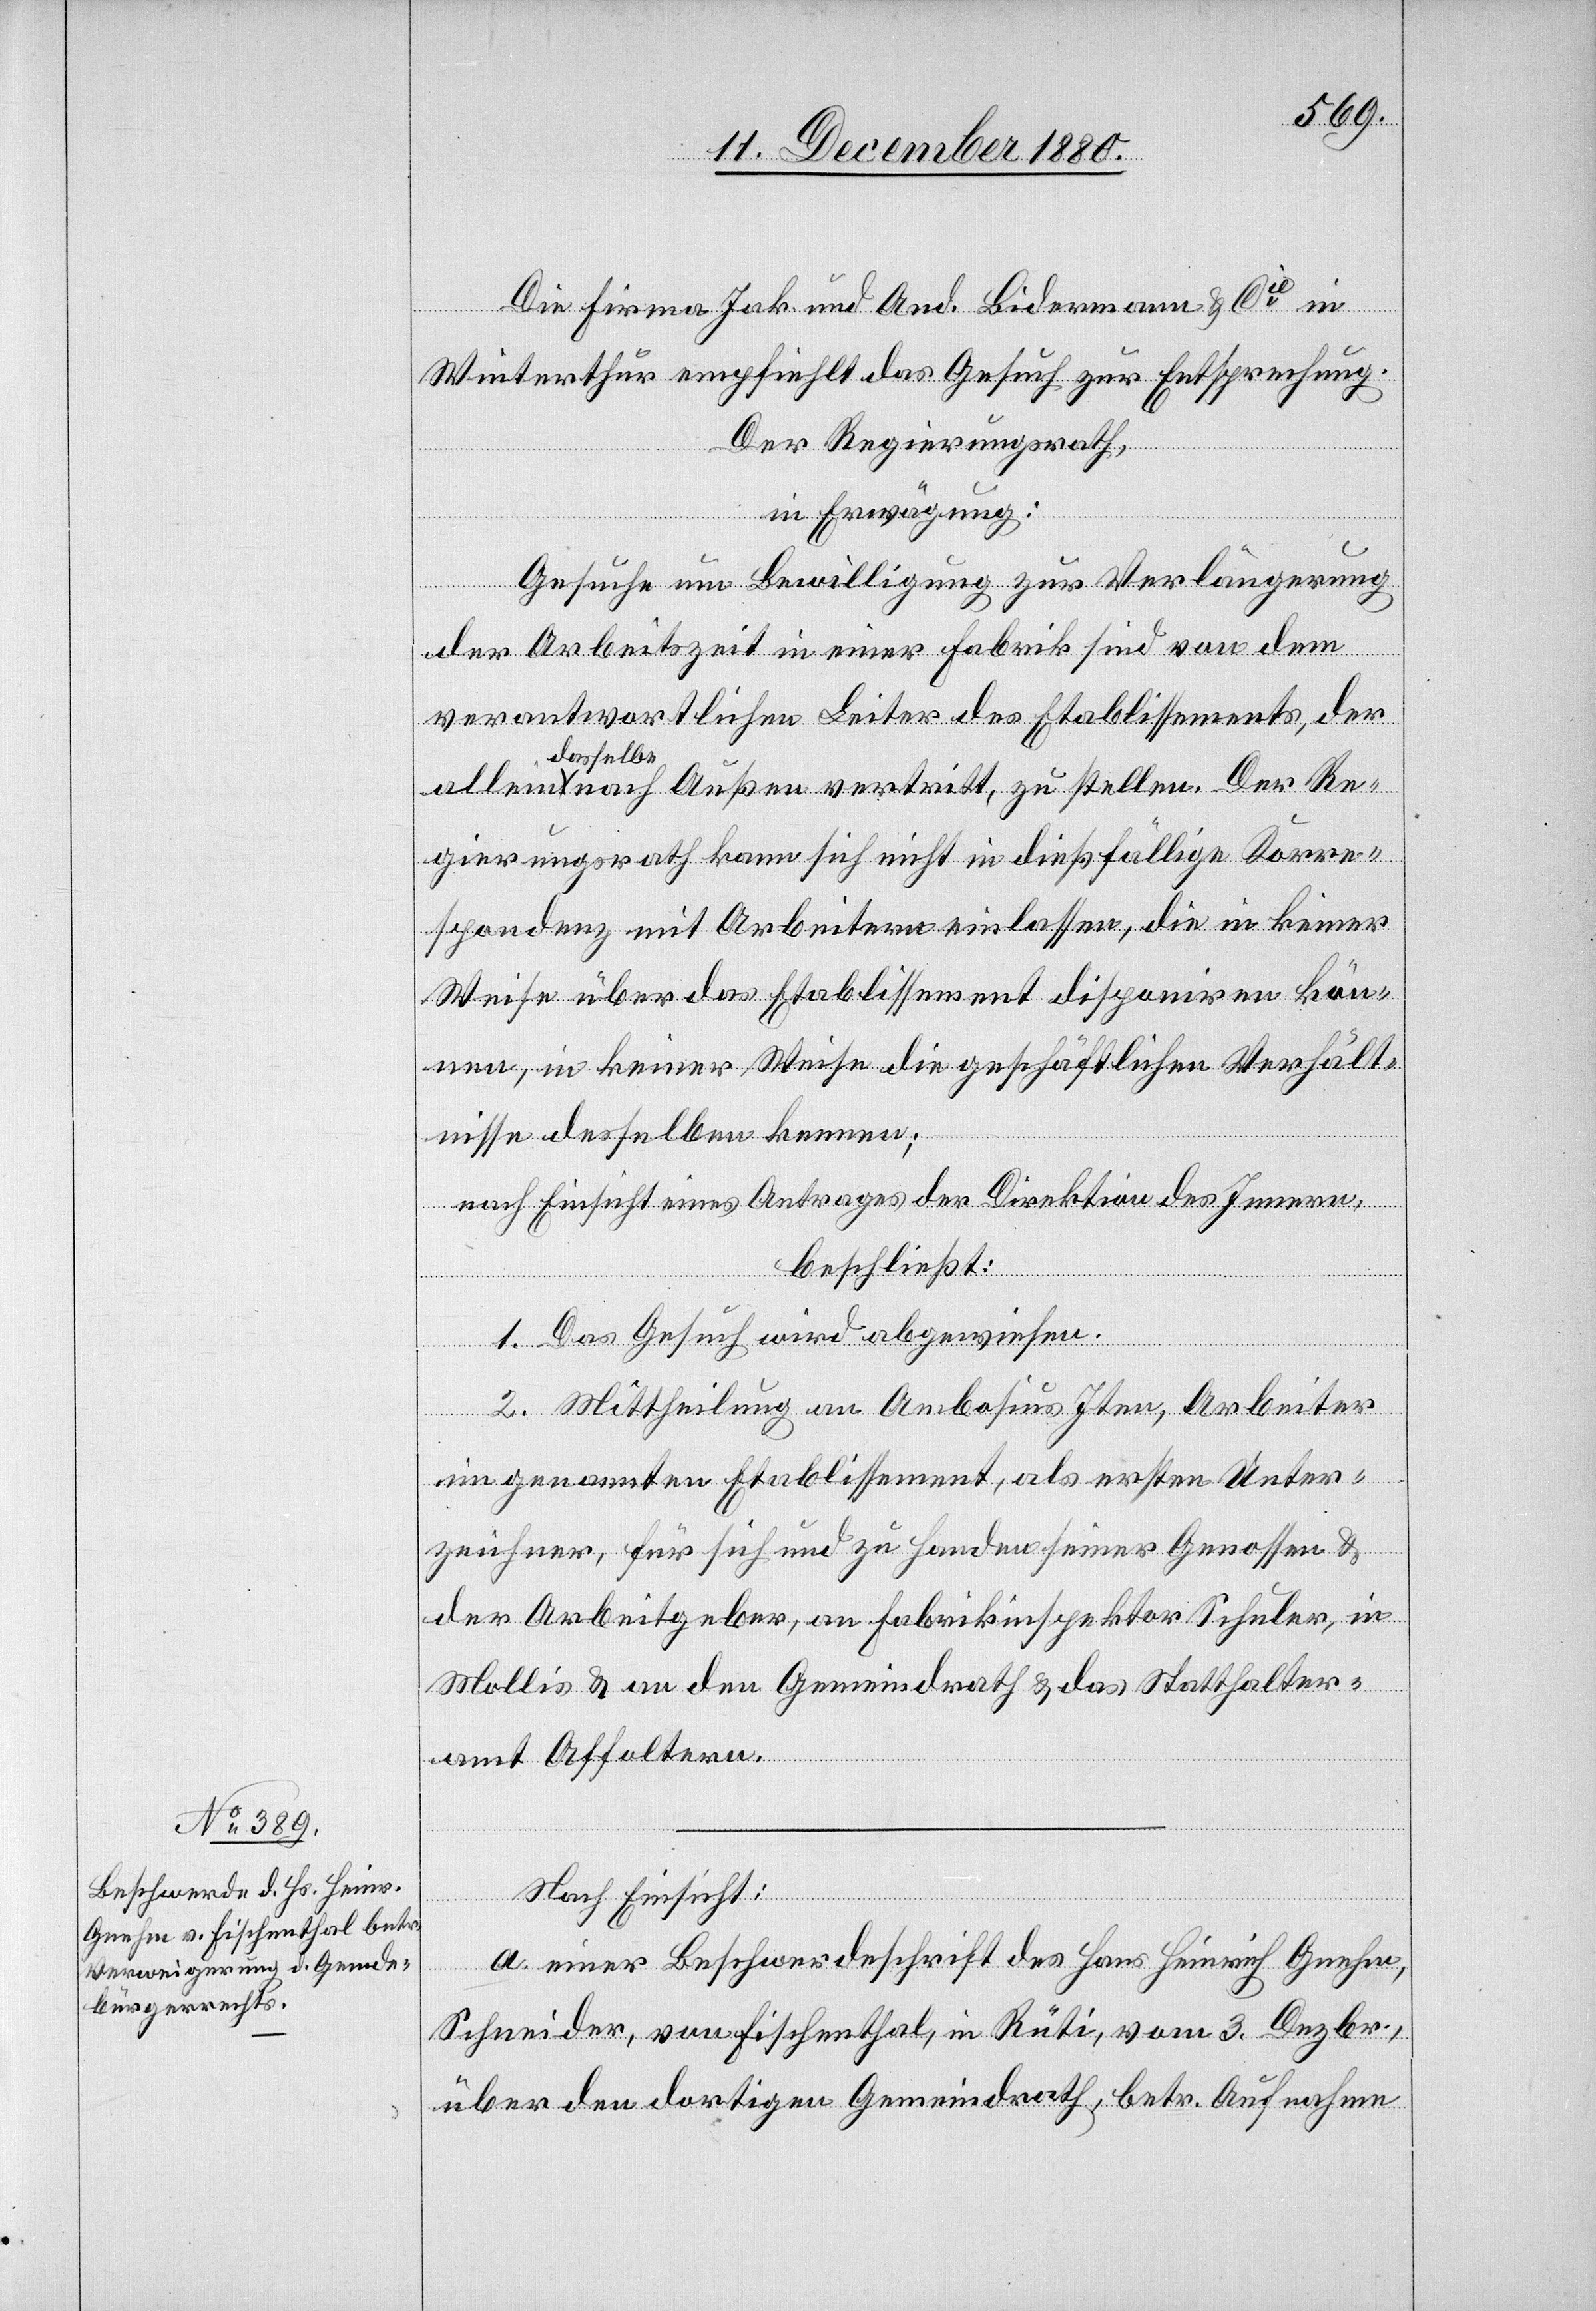
Die Firma Jak. und And. Bidermann & Cie in
Winterthur empfiehlt das Gesuch zur Entsprechung.
Der Regierungsrath,
in Erwägung:
Gesuche um Bewilligung zur Verlängerung
der Arbeitszeit in einer Fabrik sind von dem
verantwortlichen Leiter des Etablissements, der
dasselbe
nach Außen vertritt, zu stellen. Der Re¬
gierungsrath kann sich nicht in dießfällige Korre¬
spondenz mit Arbeitern einlassen, die in keiner
Weise über das Etablissement disponiren kön¬
nen, in keiner Weise die geschäftlichen Verhält¬
nisse desselben kennen;
nach Einsicht eines Antrages der Direktion des Innern,
beschließt:
allein
1. Das Gesuch wird abgewiesen.
2. Mittheilung an Amb[r]osius Iten, Arbeiter
im genannten Etablissement, als ersten Unter¬
zeichner, für sich und zu Handen seiner Genossen &
der Arbeitgeber, an Fabrikinspektor Schuler, in
Mollis & an den Gemeindrath & das Statthalter¬
amt Affoltern.
Nach Einsicht:
a. einer Beschwerdeschrift des Hans Heinrich Gnehm,
Schneider, von Fischenthal, in Rüti, vom 3. Dezbr.,
über den dortigen Gemeindrath, betr. Aufnahme